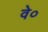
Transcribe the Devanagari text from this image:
वे०